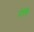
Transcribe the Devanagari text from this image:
पेलि